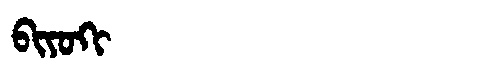
Manchu: ᠪᡳᠶᠣᡴᡳ
Romanization: BIYOKI